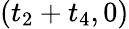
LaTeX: (t_{2}+t_{4},0)